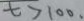
t > 1 0 0 .